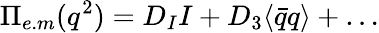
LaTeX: \Pi_{e.m}(q^{2})=D_{I}I+D_{3}\langle\bar{q}q\rangle+\dots